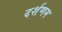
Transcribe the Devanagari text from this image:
दर्शणम